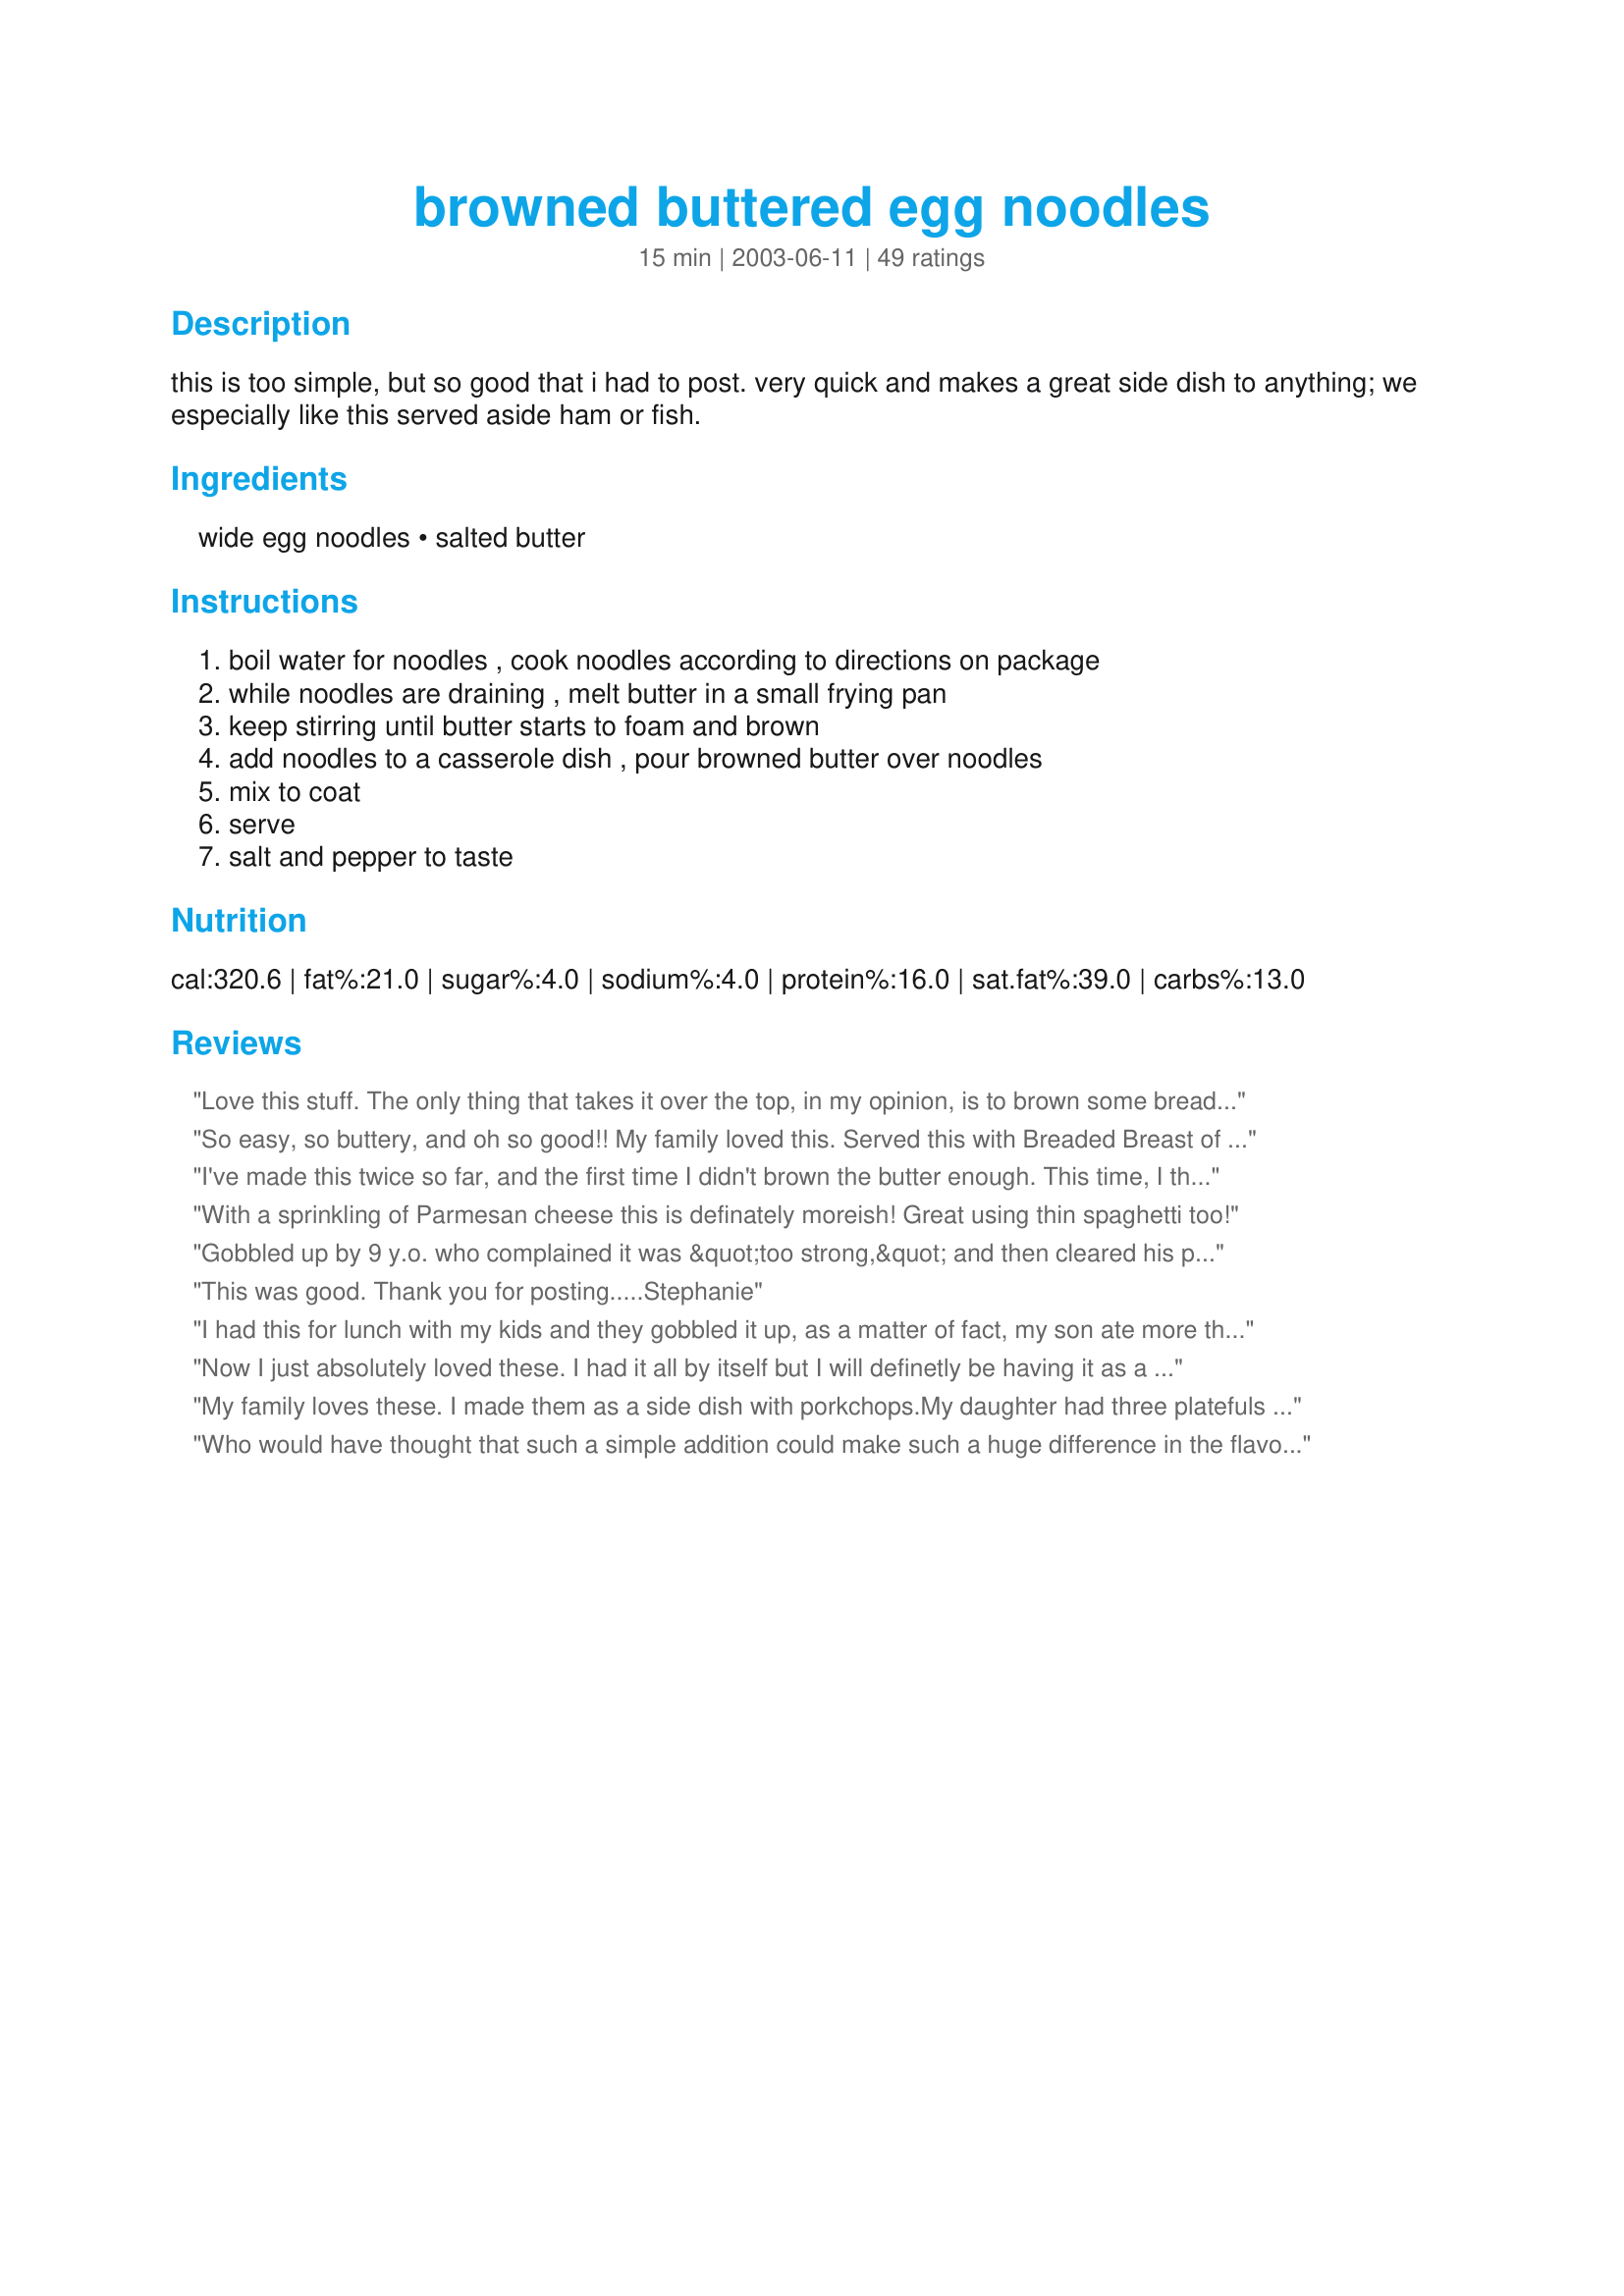
browned buttered egg noodles
Preparation time: 15 minutes

this is too simple, but so good that i had to post. very quick and makes a great side dish to anything; we especially like this served aside ham or fish.

Ingredients:
wide egg noodles, salted butter

Steps:
boil water for noodles , cook noodles according to directions on package, while noodles are draining , melt butter in a small frying pan, keep stirring until butter starts to foam and brown, add noodles to a casserole dish , pour browned butter over noodles, mix to coat, serve, salt and pepper to taste

Reviews:
Love this stuff. The only thing that takes it over the top, in my opinion, is to brown some bread crumbs in some additional butter and toss with the noodles. Very simple, but big flavor. Thank you for posting.
So easy, so buttery, and oh so good!! My family loved this. Served this with Breaded Breast of Chicken (Chicken Cutlets) <a href="/47121">Breaded Breast of Chicken (Chicken Cutlets)</a>.
I've made this twice so far, and the first time I didn't brown the butter enough. This time, I think it was perfect. Soooo tasty! I added some Parmesan cheese on top. I served this with (#88405) and it was a delicious supper.
With a sprinkling of Parmesan cheese this is definately moreish! Great using thin spaghetti too!
Gobbled up by 9 y.o. who complained it was &quot;too strong,&quot; and then cleared his plate again after a second helping... So, yeah, I&#039;m guessing he loved it. Hubby and I loved it too - easy. I cooked it a little past when the foam started, just to get it a little more brown. Salt and pepper, and you&#039;re good to go.
This was good. Thank you for posting.....Stephanie
I had this for lunch with my kids and they gobbled it up, as a matter of fact, my son ate more than I did, and when it was gone, he still wanted more. (we are HUGE pasta fanatics!) I served it with parmesan cheese to sprinkle on top. I will be making this again.
Now I just absolutely loved these. I had it all by itself but I will definetly be having it as a side dish (though I could eat it alone anytime). That browning the butter really does add good flavor. I used my plastic spatula so I could scrape the bottom of the pan and get all that browned butter out. Delicious!!! I chose this recipe for "Pick a Chef" and so glad I did. Very very simple as the description states, and I like simple when simple is good! This is!!!
My family loves these. I made them as a side dish with porkchops.My daughter had three platefuls Thanks
Who would have thought that such a simple addition could make such a huge difference in the flavor and elevate the lowly buttered noodle to near gourmet status? :o) I went to get the egg noodles and discovered I was out, so had to make a last-minute substitution of tri-colored rotini, but this worked equally well with the other pasta. In fact, the ridges on the noodles captured more of the yummy butter sauce. Thanks so much for posting!
Just Shocking how good this was! Added a little shredded parm, but it was the browned butter that made it! Just great!
Just like they serve in Lancaster PA at the amish Restaurants! Yummy
This is a quick way to make one of our favorites. I usually make this with homemade noodles. Yummy.

Thanks TheDancingCook.

Bullwinkle
This was always a staple at our house as I was when I was growing up. (Mom made just about everything w/ browned butter-LOL).It's still a favorite today! Kids love it!
You are right, this is a very simple recipe. I couldn't stop myself from having seconds. I followed the recipe exactly and added salt and pepper as stated.
I thought these were only fair but my husband thought they were pretty good and my one year old didn't complain. I just felt they were too plain for me I guess. But I was outnumbered so the rating is a 4.
I made this tonight with #114839 Easy Chicken and mushrooms as one of the reviewers had suggested. It was delicious. I don't know why I didn't think of it before. We love browned butter on brussel sprouts, so why not noodles? Very very good and simple too!
I grew up on this dish. My parents would brown the butter and then add breadcrumbs and sprinkle over the noodles. YUM!
Great fall food. So nice on a cold day. Served it once with pork schnitzel and another time with sausages and pierogies. Yum. Will make this one over and over again.
Great job perfect for low income college students (like myself :-) ) i added some shrimp from fresh and easy and parmseian cheese, pepper, and seasoning salt while i coated the pasta with butter.
What a comforting dish, not to mention easy, to make for Fall. My husband's grandmom used browned butter alot so he adores it. The fact that I served it over his favorite noodles was almost too much! A great dish!
Definitely comfort food. I added cajun seasoning. Thanks for this easy recipe!
A very good side dish that everyone liked! Will also be making it again.
This is great! I've used just melted butter in the past. Browning the butter really adds flavor. I've made it twice--once adding alittle sprinke of garlic powder & some grated parmesan cheese! YUM!!
So simple and so very good. I like to use a egg noodle our local HEB grocery store carries called AMISH EGG NOODLES. They taste so close to home made. I cook them in boxed chicken stock and then add the browned butter with some garlic salt and onion salt. Divine.
Great side dish with my Chicken Piccatta last night. My DH suggested whole wheat noodles, so that's what we had. So simple and soooo goodd! I shook some Parmesan cheese on just for the heck of it, to add a little more flavor. It was appreciated all the way around the table!
Fabulous and incredibly simple - a little parmesan, some pepper and YUM! Thanks for posting!
Very good. I served with chicken. Can't believe a side dish would be so simple yet taste great!
I add my thanks; these are delicious alone and wonderful as a base for sauces. I used them with Recipe #193337 and it was a perfect match.
Loved this easy side dish recepe, DD asked me why I had to put stuff on the noodles as she watched, then ate most of them, LOL. One recomendation, noodles get cool quickly, so make these up while the meat rests, they come together quickly and easily.
These are wonderful. Very exciting to find an easy recipe which takes almost no time at all, that tastes so good. My husband put parm on his, and loved it. Thanks!
Perfect kid food.I made it for lunch and added a few shakes of garlic powder. Ymmy is all I cansay.Thank you for a quick,simple recipe .
This simple dish is always a crowd pleaser. I used low carb noodles so that I could enjoy it to and boy am I glad I did. We like lots of pepper in ours. This would be a great dish for a new cook to try!!
Delicious! I used bowtie pasta since that's what I had on hand. I was afraid that the butter wouldn't brown, but just as I was giving up, I saw the first specks of brown. This was wonderful served alongside recipe #66941 (which we baked instead of grilling). Thanks, this makes a great simple side dish!
I love this recipe and make it all the time. It's amazing how much the browned butter adds as opposed to just stirring butter into the noodles directly. Simple twist that makes a good side great! Thanks for the post.
Very simple to make and my family loved them! I didn't make any changes to the recipe. Thanks for sharing!
Really tasty, next time I hope to have some parm cheese with it. Served it with chicken piccata.
With some fresh ground pepper, a little salt, and a sprinkling of Parmesan cheese this has been devoured at my house many times!
Hi Dancing Cook, these noodles are great! Please forgive my delay in posting a review. We like them simple or with added parsley. I have also added chives. Thank you, Diane :=)
really good and quick! great for nights when I don't have a clue as to what is for dinner!
Very quick and easy. I added a little bit of garlic salt and it was perfect! Thanks!
These were great. The browned butter really gives the noodles a wonderful flavor. Thanks Dancing Cook for sharing your recipe.
Very good. We all gobbled it up. Added parmesan cheese.
I've made this lots and lots of times but I guess I never rated it. It is fantastic and simple, thanks for posting!
This is such a simple recipe, but my family went up for seconds and kept commenting on how good the noodles were tonight. Now, I serve buttered noodles often, but my family has never commented before like they did with these noodles. Thanks.
No left overs so I guess it was good. We used just 1/4 C butter and topped with a bit of parmesan. Yummy, thx.
i thought i'd like this but i guess i'm not used to the buttered noodles flavor. just tasted too plain to me. but i'm not going to kill the high ratings just because of different taste preference.
This reminded me how food can be simple and tasty. We try to be so "special" in our cooking and we forget the simplest pleasures.
Loved it!
DancingCook: This was a delightful lunch dish with a small salad. What a wonderful "nutty" flavor browning the butter added to the pasta! I made an entire pound of pasta, and I live alone. So for dinner I just added some mushrooms and cheese to your original dish and ate the other 1/2 lb. as a main course. LOL! Wonderful and simple. Thanks! Regards, DEEP

edit to add stars!
